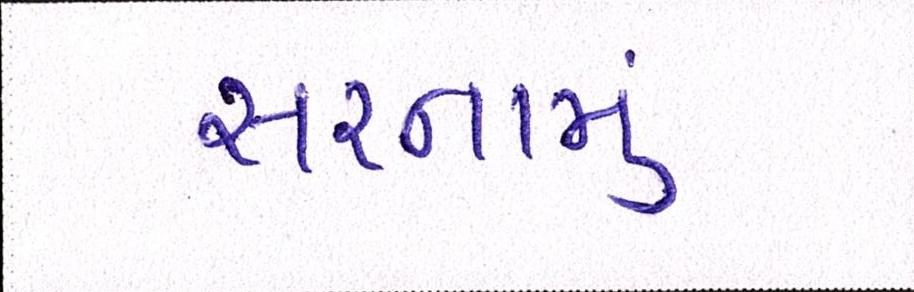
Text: સરનામું